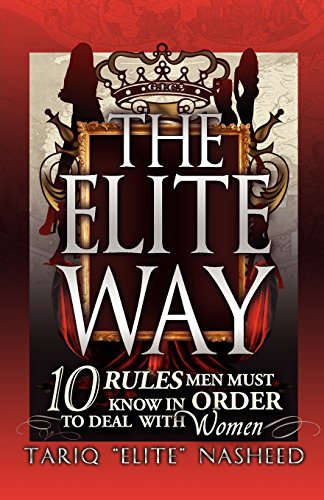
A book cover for The Elite Way; Tariq "King Flex" Nasheed; Humor & Entertainment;